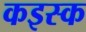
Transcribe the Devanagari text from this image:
कइस्क